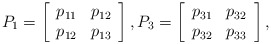
\begin{align*}P_{1}=\left[\begin{array}[c]{cc}p_{11} & p_{12}\\p_{12} & p_{13}\end{array}\right] ,P_{3}=\left[\begin{array}[c]{cc}p_{31} & p_{32}\\p_{32} & p_{33}\end{array}\right] ,\end{align*}